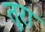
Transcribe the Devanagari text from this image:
तूरा